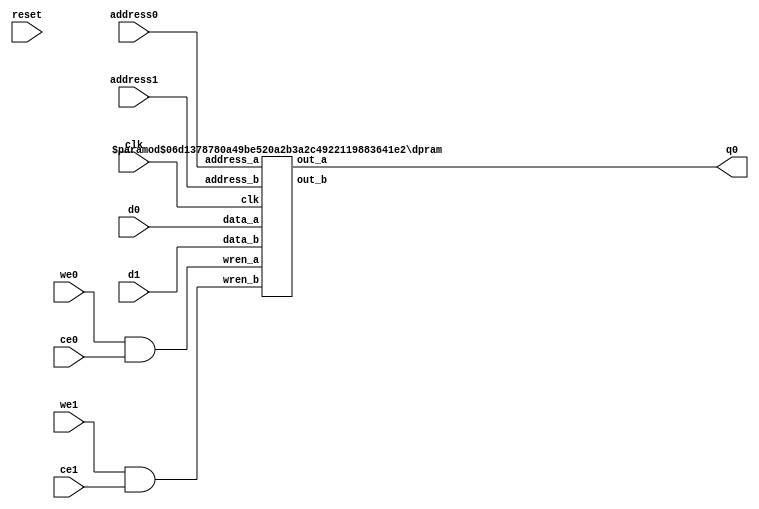
`define SIMULATION_MEMORY
`define EXPONENT 5
`define MANTISSA 10
`define ACTUAL_MANTISSA 11
`define EXPONENT_LSB 10
`define EXPONENT_MSB 14
`define MANTISSA_LSB 0
`define MANTISSA_MSB 9
`define MANTISSA_MUL_SPLIT_LSB 3
`define MANTISSA_MUL_SPLIT_MSB 9
`define SIGN 1
`define SIGN_LOC 15
`define DWIDTH (`SIGN+`EXPONENT+`MANTISSA)
`define IEEE_COMPLIANCE 1

module td_fused_top_dataflow_in_loop_TOP_LOOP49028_accum1_out_0_memcore(
    reset,
    clk,
    address0,
    ce0,
    we0,
    d0,
    q0,
    address1,
    ce1,
    we1,
    d1);

parameter DataWidth = 32'd16;
parameter AddressRange = 32'd8;
parameter AddressWidth = 32'd3;
input reset;
input clk;
input[AddressWidth - 1:0] address0;
input ce0;
input we0;
input[DataWidth - 1:0] d0;
output[DataWidth - 1:0] q0;
input[AddressWidth - 1:0] address1;
input ce1;
input we1;
input[DataWidth - 1:0] d1;



/*td_fused_top_dataflow_in_loop_TOP_LOOP49028_accum1_out_0_memcore_ram td_fused_top_dataflow_in_loop_TOP_LOOP49028_accum1_out_0_memcore_ram_U(
    .clk( clk ),
    .addr0( address0 ),
    .ce0( ce0 ),
    .we0( we0 ),
    .d0( d0 ),
    .q0( q0 ),
    .addr1( address1 ),
    .ce1( ce1 ),
    .we1( we1 ),
    .d1( d1 ));*/

wire wren0, wren1;
assign wren0 = we0 & ce0;
assign wren1 = we1 & ce1;
wire [DataWidth-1:0] q1;
dpram
#(.AWIDTH(AddressWidth),
  .NUM_WORDS(AddressRange),
  .DWIDTH(DataWidth))
td_fused_top_dataflow_in_loop_TOP_LOOP49028_accum1_out_0_memcore_ram_U (
   .clk(clk),
   .address_a(address0),
   .address_b(address1),
   .wren_a(wren0),
   .wren_b(wren1),
   .data_a(d0),
   .data_b(d1),
   .out_a(q0),
   .out_b(q1)
);

endmodule
module dpram (

    clk,

    address_a,

    address_b,

    wren_a,

    wren_b,

    data_a,

    data_b,

    out_a,

    out_b

);

parameter AWIDTH=10;

parameter NUM_WORDS=1024;

parameter DWIDTH=32;

input clk;

input [(AWIDTH-1):0] address_a;

input [(AWIDTH-1):0] address_b;

input  wren_a;

input  wren_b;

input [(DWIDTH-1):0] data_a;

input [(DWIDTH-1):0] data_b;

output reg [(DWIDTH-1):0] out_a;

output reg [(DWIDTH-1):0] out_b;



`ifdef SIMULATION_MEMORY



reg [DWIDTH-1:0] ram[NUM_WORDS-1:0];

always @ (posedge clk) begin 

  if (wren_a) begin

      ram[address_a] <= data_a;

  end

  else begin

      out_a <= ram[address_a];

  end

end

  

always @ (posedge clk) begin 

  if (wren_b) begin

      ram[address_b] <= data_b;

  end 

  else begin

      out_b <= ram[address_b];

  end

end



`else



dual_port_ram u_dual_port_ram(

.addr1(address_a),

.we1(wren_a),

.data1(data_a),

.out1(out_a),

.addr2(address_b),

.we2(wren_b),

.data2(data_b),

.out2(out_b),

.clk(clk)

);

`endif

endmodule